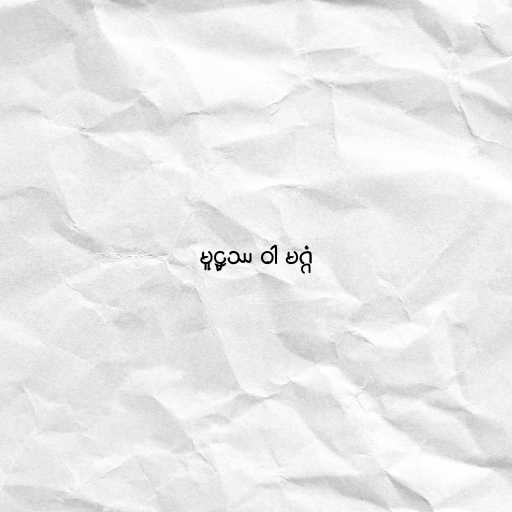
မူဠှဿ ဝါ မဂ္ဂံ